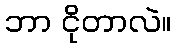
ဘာ ငိုတာလဲ။